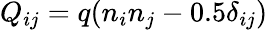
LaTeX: Q_{ij}=q(n_{i}n_{j}-0.5\delta_{ij})